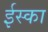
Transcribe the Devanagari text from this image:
ईस्का